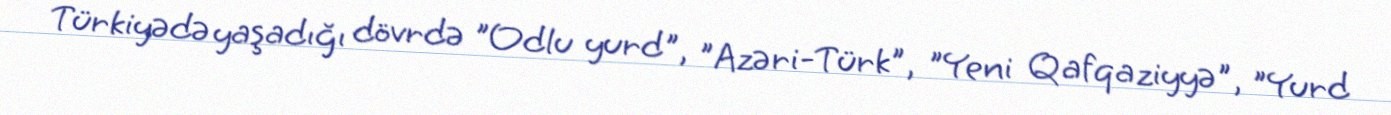
Türkiyədə yaşadığı dövrdə "Odlu yurd", "Azəri-Türk", "Yeni Qafqaziyyə", "Yurd